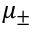
\mu _ { \pm }